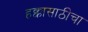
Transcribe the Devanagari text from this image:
हक्कासाठीचा